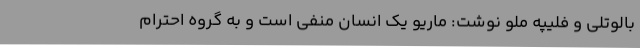
بالوتلی و فلیپه ملو نوشت: ماریو یک انسان منفی است و به گروه احترام